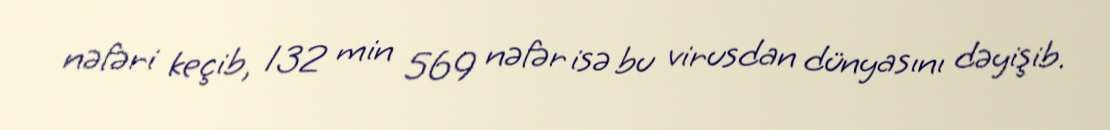
nəfəri keçib, 132 min 569 nəfər isə bu virusdan dünyasını dəyişib.